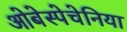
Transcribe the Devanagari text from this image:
ओबेस्पेचेनिया